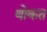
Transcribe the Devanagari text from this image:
बोकत